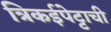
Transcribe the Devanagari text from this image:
त्रिकईपेट्टाची